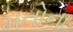
મતોના